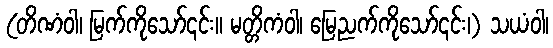
(တိဏံဝါ၊ မြက်ကိုသော်၎င်း။ မတ္တိကံဝါ၊ မြေညက်ကိုသော်၎င်း၊) သယံဝါ၊